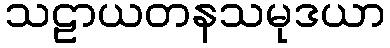
သဠာယတနသမုဒယာ